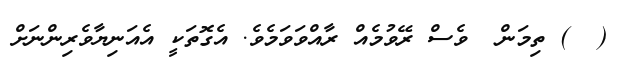
(  ) ތިމަން  ވެސް ރޭވުމެއް ރާއްވަވަމެވެ. އެގޮތަކީ އެއަނިޔާވެރިންނަށް